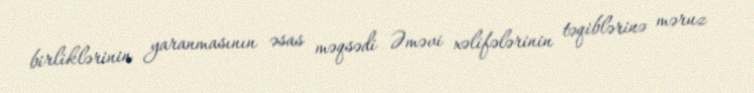
birliklərinin yaranmasının əsas məqsədi Əməvi xəlifələrinin təqiblərinə məruz